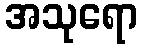
အသုရော